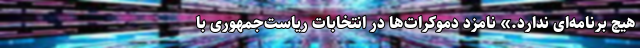
هیچ برنامه‌ای ندارد.» نامزد دموکرات‌ها در انتخابات ریاست‌جمهوری با